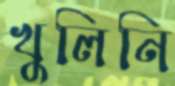
খুলিনি